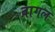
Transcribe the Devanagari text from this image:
वागल